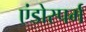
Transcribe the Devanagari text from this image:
एंडोस्पर्म